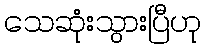
သေဆုံးသွားပြီဟု